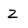
Character: Z